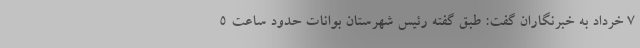
۷ خرداد به خبرنگاران گفت: طبق گفته رئیس شهرستان بوانات حدود ساعت ۵